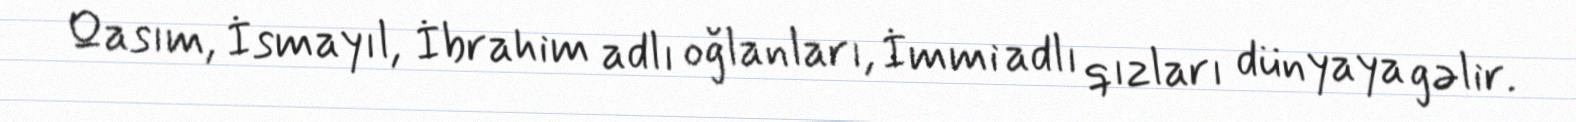
Qasım, İsmayıl, İbrahim adlı oğlanları, İmmi adlı qızları dünyaya gəlir.